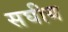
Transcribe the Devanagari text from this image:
सघीय